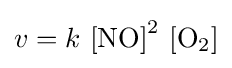
v=k\,\left[{\rm {NO}}\right]^{2}\,\left[{\rm {O_{2}}}\right]